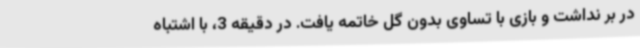
در بر نداشت و بازی با تساوی بدون گل خاتمه یافت. در دقیقه 3، با اشتباه